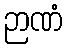
ဉာဏံ